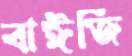
বাঈজি